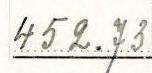
452.73